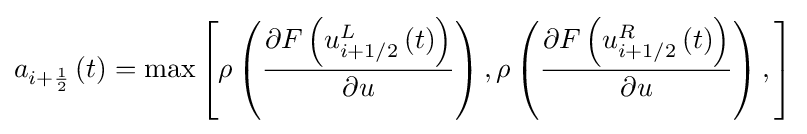
a_{i+{\frac {1}{2}}}\left(t\right)=\max \left[\rho \left({\frac {\partial F\left(u_{i+1/2}^{L}\left(t\right)\right)}{\partial u}}\right),\rho \left({\frac {\partial F\left(u_{i+1/2}^{R}\left(t\right)\right)}{\partial u}}\right),\right]